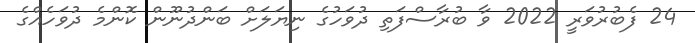
24 ފެބުރުވަރީ 2022 ވާ ބުރާސްފަތި ދުވަހުގެ ނިޔަލަށް ބަންދުނޫން ކޮންމެ ދުވަހެއްގެ